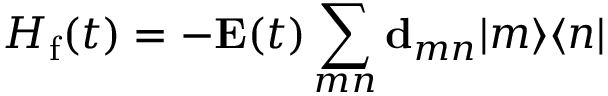
H _ { \mathrm { f } } ( t ) = - { \mathbf E } ( t ) \sum _ { m n } { \mathbf d } _ { m n } | m \rangle \langle n |